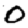
Digit: 0